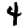
Digit: 4